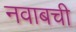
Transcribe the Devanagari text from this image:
नवाबची